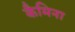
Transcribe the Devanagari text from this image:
कैमिना